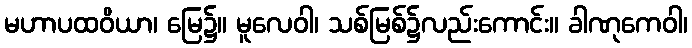
မဟာပထဝိယာ၊ မြေ၌။ မူလေဝါ၊ သစ်မြစ်၌လည်းကောင်း။ ခါဏုကေဝါ၊